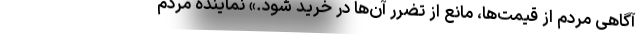
آگاهی مردم از قیمت‌ها، مانع از تضرر آن‌ها در خرید شود.» نماینده مردم